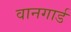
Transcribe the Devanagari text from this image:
वानगार्ड